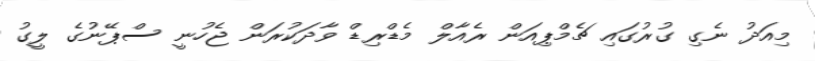
މިއަދު ނެގި ގުރުގައި ޗެމްޕިއަން ރެއާލް މެޑްރިޑް ވާދަކުރަން ޖެހުނީ ސްޕޭނުގެ ލީގު